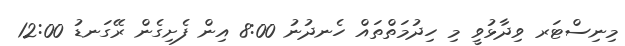
މިނިސްޓަރ ވިދާޅުވީ މި ހިދުމަތްތައް ހެނދުނު 8:00 އިން ފެށިގެން ރޭގަނޑު 12:00